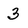
Character: 3